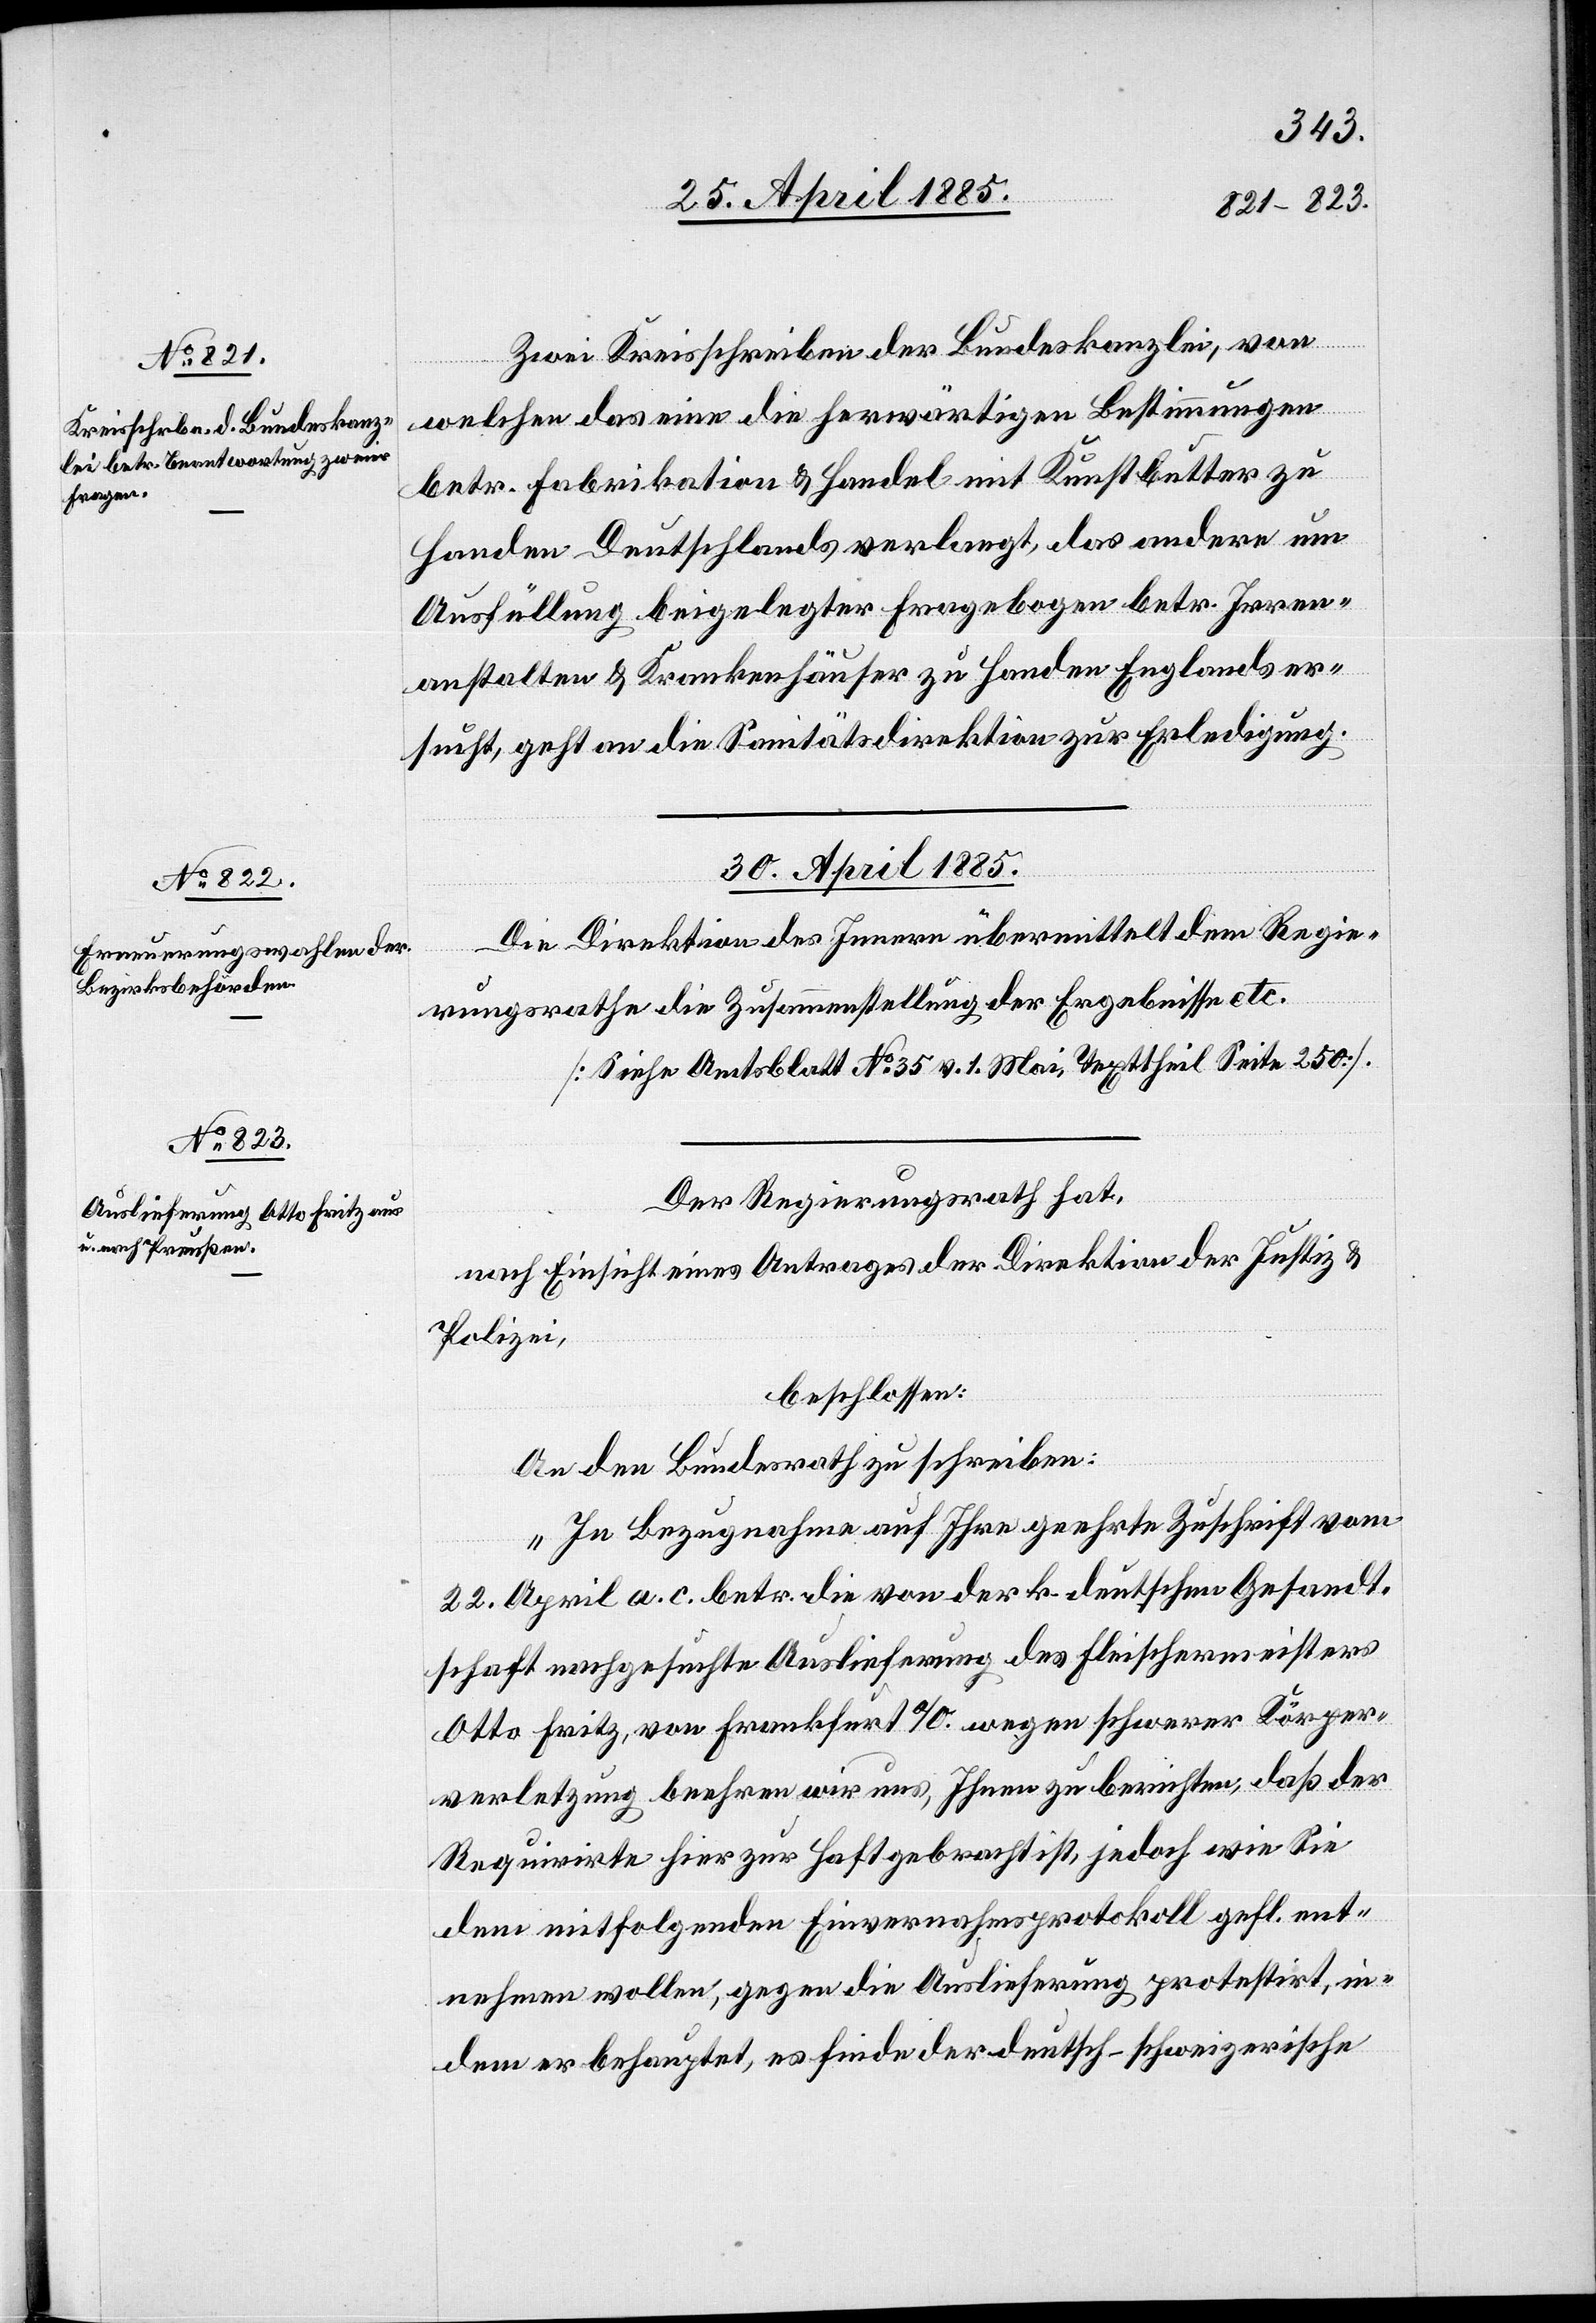
29. April 1885.]
Zwei Kreisschreiben der Bundeskanzlei, von
welchen das eine die herwärtigen Bestimmungen
betr. Fabrikation & Handel mit Kunstbutter zu
Handen Deutschlands verlangt, das andere um
Ausfüllung beigelegter Fragebogen betr. Irren¬
anstalten & Krankenhäuser zu Handen Englands er¬
sucht, geht an die Sanitätsdirektion zur Erledigung.
30. April 1885.]
Die Direktion des Innern übermittelt dem Regie¬
rungsrathe die Zusammenstellung der Ergebnisse etc.
[Siehe Amtsblatt No 35 v. 1. Mai. Texttheil Seite 250].
Der Regierungsrath hat,
nach Einsicht eines Antrages der Direktion der Justiz &
Polizei,
beschlossen:
An den Bundesrath zu schreiben:
„In Bezugnahme auf Ihre geehrte Zuschrift vom
22. April a. c. betr. die von der k. deutschen Gesandt¬
schaft nachgesuchte Auslieferung des Fleischermeisters
Otto Fritz, von Frankfurt a/O. wegen schwerer Körper¬
verletzung beehren wir uns, Ihnen zu berichten, daß der
Requirirte hier zur Haft gebracht ist, jedoch wie Sie
dem mitfolgenden Einvernahmsprotokoll gefl. ent¬
nehmen wollen, gegen die Auslieferung protestirt, in¬
dem er behauptet, es finde der deutsch-schweizerische